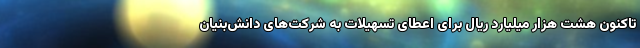
تاکنون هشت هزار میلیارد ریال برای اعطای تسهیلات به شرکت‌های دانش‌بنیان